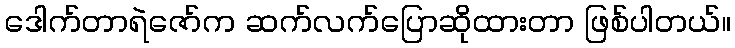
ဒေါက်တာရဲဇော်က ဆက်လက်ပြောဆိုထားတာ ဖြစ်ပါတယ်။